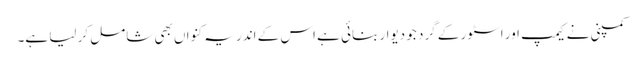
کمپنی نے کیمپ اور اسٹور کے گرد جو دیوار بنائی ہے اس کے اندر یہ کنواں بھی شامل کر لیا ہے۔